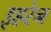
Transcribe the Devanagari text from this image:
इहरेन